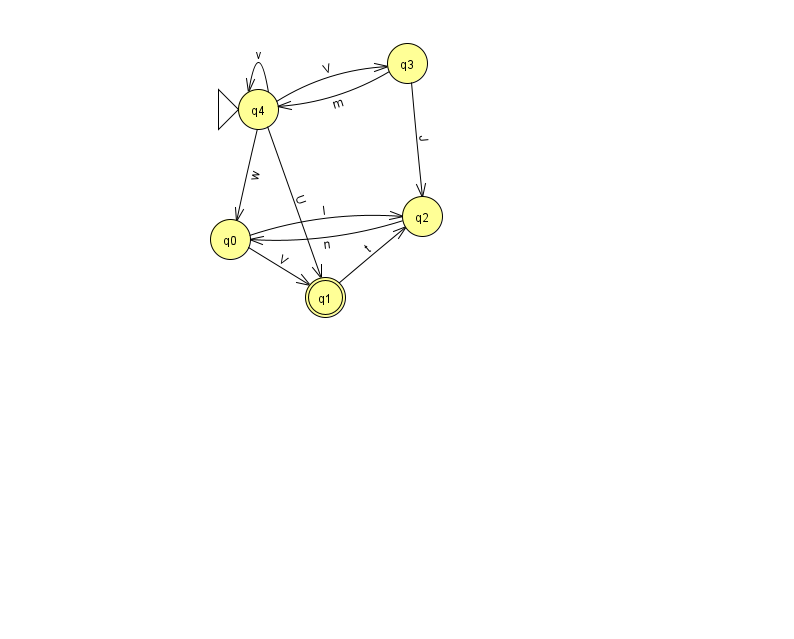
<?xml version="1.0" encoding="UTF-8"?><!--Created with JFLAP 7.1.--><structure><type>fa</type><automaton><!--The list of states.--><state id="0" name="q0"><x>230.0</x><y>226.0</y></state><state id="1" name="q1"><x>325.0</x><y>284.0</y><final/></state><state id="2" name="q2"><x>422.0</x><y>203.0</y></state><state id="3" name="q3"><x>407.0</x><y>50.0</y></state><state id="4" name="q4"><x>258.0</x><y>96.0</y><initial/></state><!--The list of transitions.--><transition><from>4</from><to>1</to><read>U</read></transition><transition><from>4</from><to>4</to><read>v</read></transition><transition><from>3</from><to>4</to><read>m</read></transition><transition><from>0</from><to>1</to><read>V</read></transition><transition><from>2</from><to>0</to><read>n</read></transition><transition><from>3</from><to>2</to><read>J</read></transition><transition><from>4</from><to>0</to><read>w</read></transition><transition><from>0</from><to>2</to><read>l</read></transition><transition><from>1</from><to>2</to><read>t</read></transition><transition><from>4</from><to>3</to><read>V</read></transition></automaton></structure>